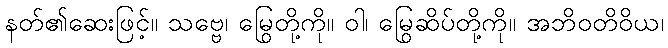
နတ်၏ဆေးဖြင့်။ သဗ္ဗေ၊ မြွေတို့ကို။ ဝါ၊ မြွေဆိပ်တို့ကို။ အဘိဝတိဝိယ၊